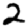
Digit: 2